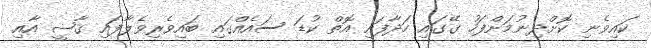
ކައިވެނި ކޮށްދިނުމަށްފަހު ގޭގައި ހަދާފައި އޮތް ކުޑަ ސައެއްގައި ބައިވެރިވެލާފައި ޤާޟީ އާއި